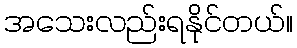
အသေးလည်းရနိုင်တယ်။